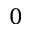
0